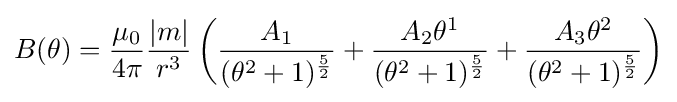
B(\theta )={\frac {\mu _{0}}{4\pi }}{\frac {|m|}{r^{3}}}\left({\frac {A_{1}}{(\theta ^{2}+1)^{\frac {5}{2}}}}+{\frac {A_{2}\theta ^{1}}{(\theta ^{2}+1)^{\frac {5}{2}}}}+{\frac {A_{3}\theta ^{2}}{(\theta ^{2}+1)^{\frac {5}{2}}}}\right)